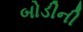
બોડીની